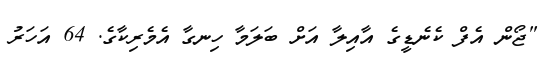
"ޖޯން އެފް ކެނެޑީގެ އާއިލާ އަށް ބަލަމާ ހިނގާ އެމެރިކާގެ. 64 އަހަރު